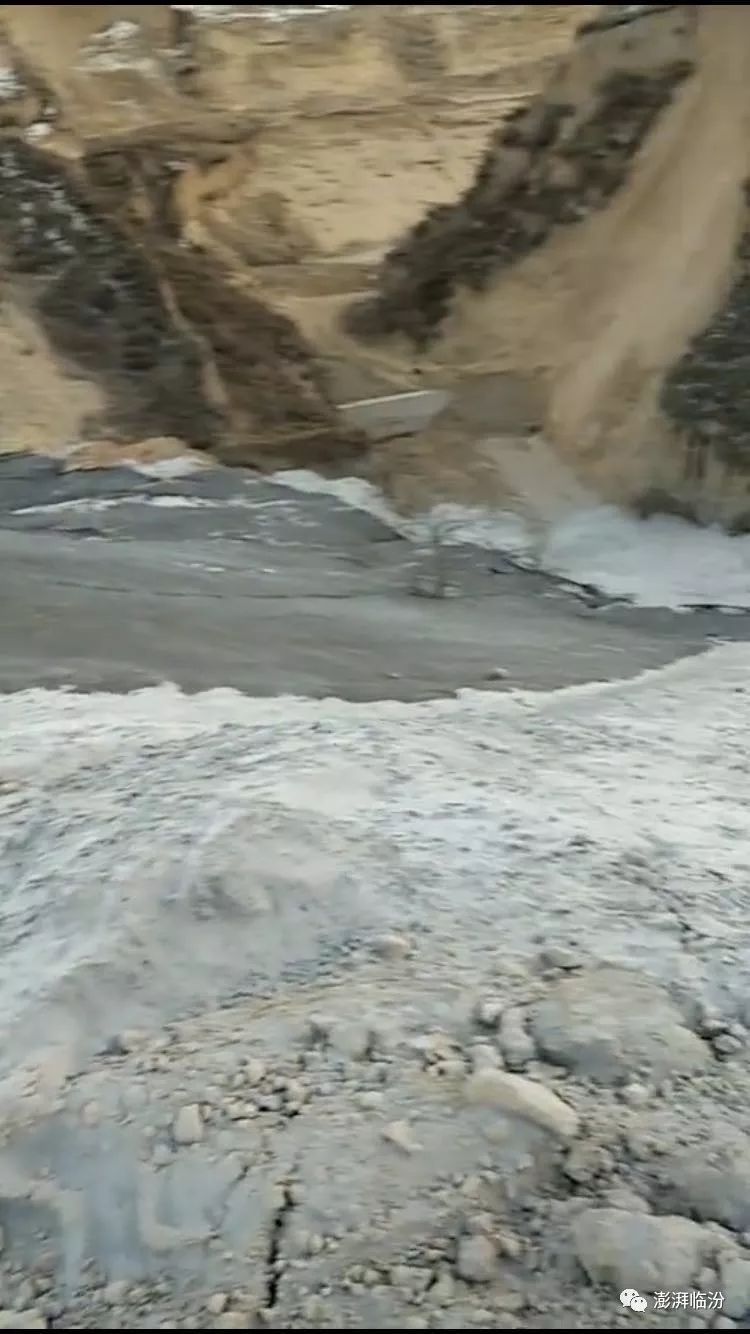
名无固实，约之以命实，约定俗成，谓之实名。